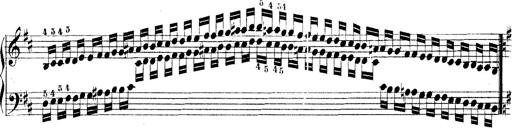
Title: Technische Studien
Composer: Franz Liszt